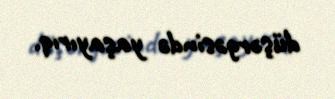
düşərgəsində yaşayırıq.